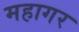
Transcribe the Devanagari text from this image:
महागर